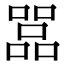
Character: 𠾅